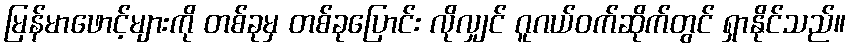
မြန်မာဖောင့်များကို တစ်ခုမှ တစ်ခုပြောင်း လိုလျှင် ဂူဂယ်ဝက်ဆိုက်တွင် ရှာနိုင်သည်။